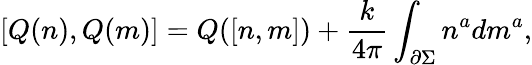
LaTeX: \lbrack Q(n),Q(m)]=Q([n,m])+{\frac k{4\pi}}\int_{{\partial}\Sigma}n^{a}dm^{a},